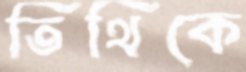
তিথিকে